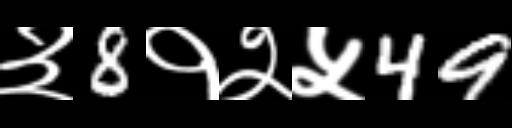
Text: ३8१२५49